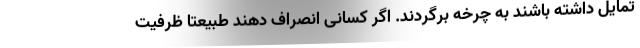
تمایل داشته باشند به چرخه برگردند. اگر کسانی انصراف دهند طبیعتا ظرفیت